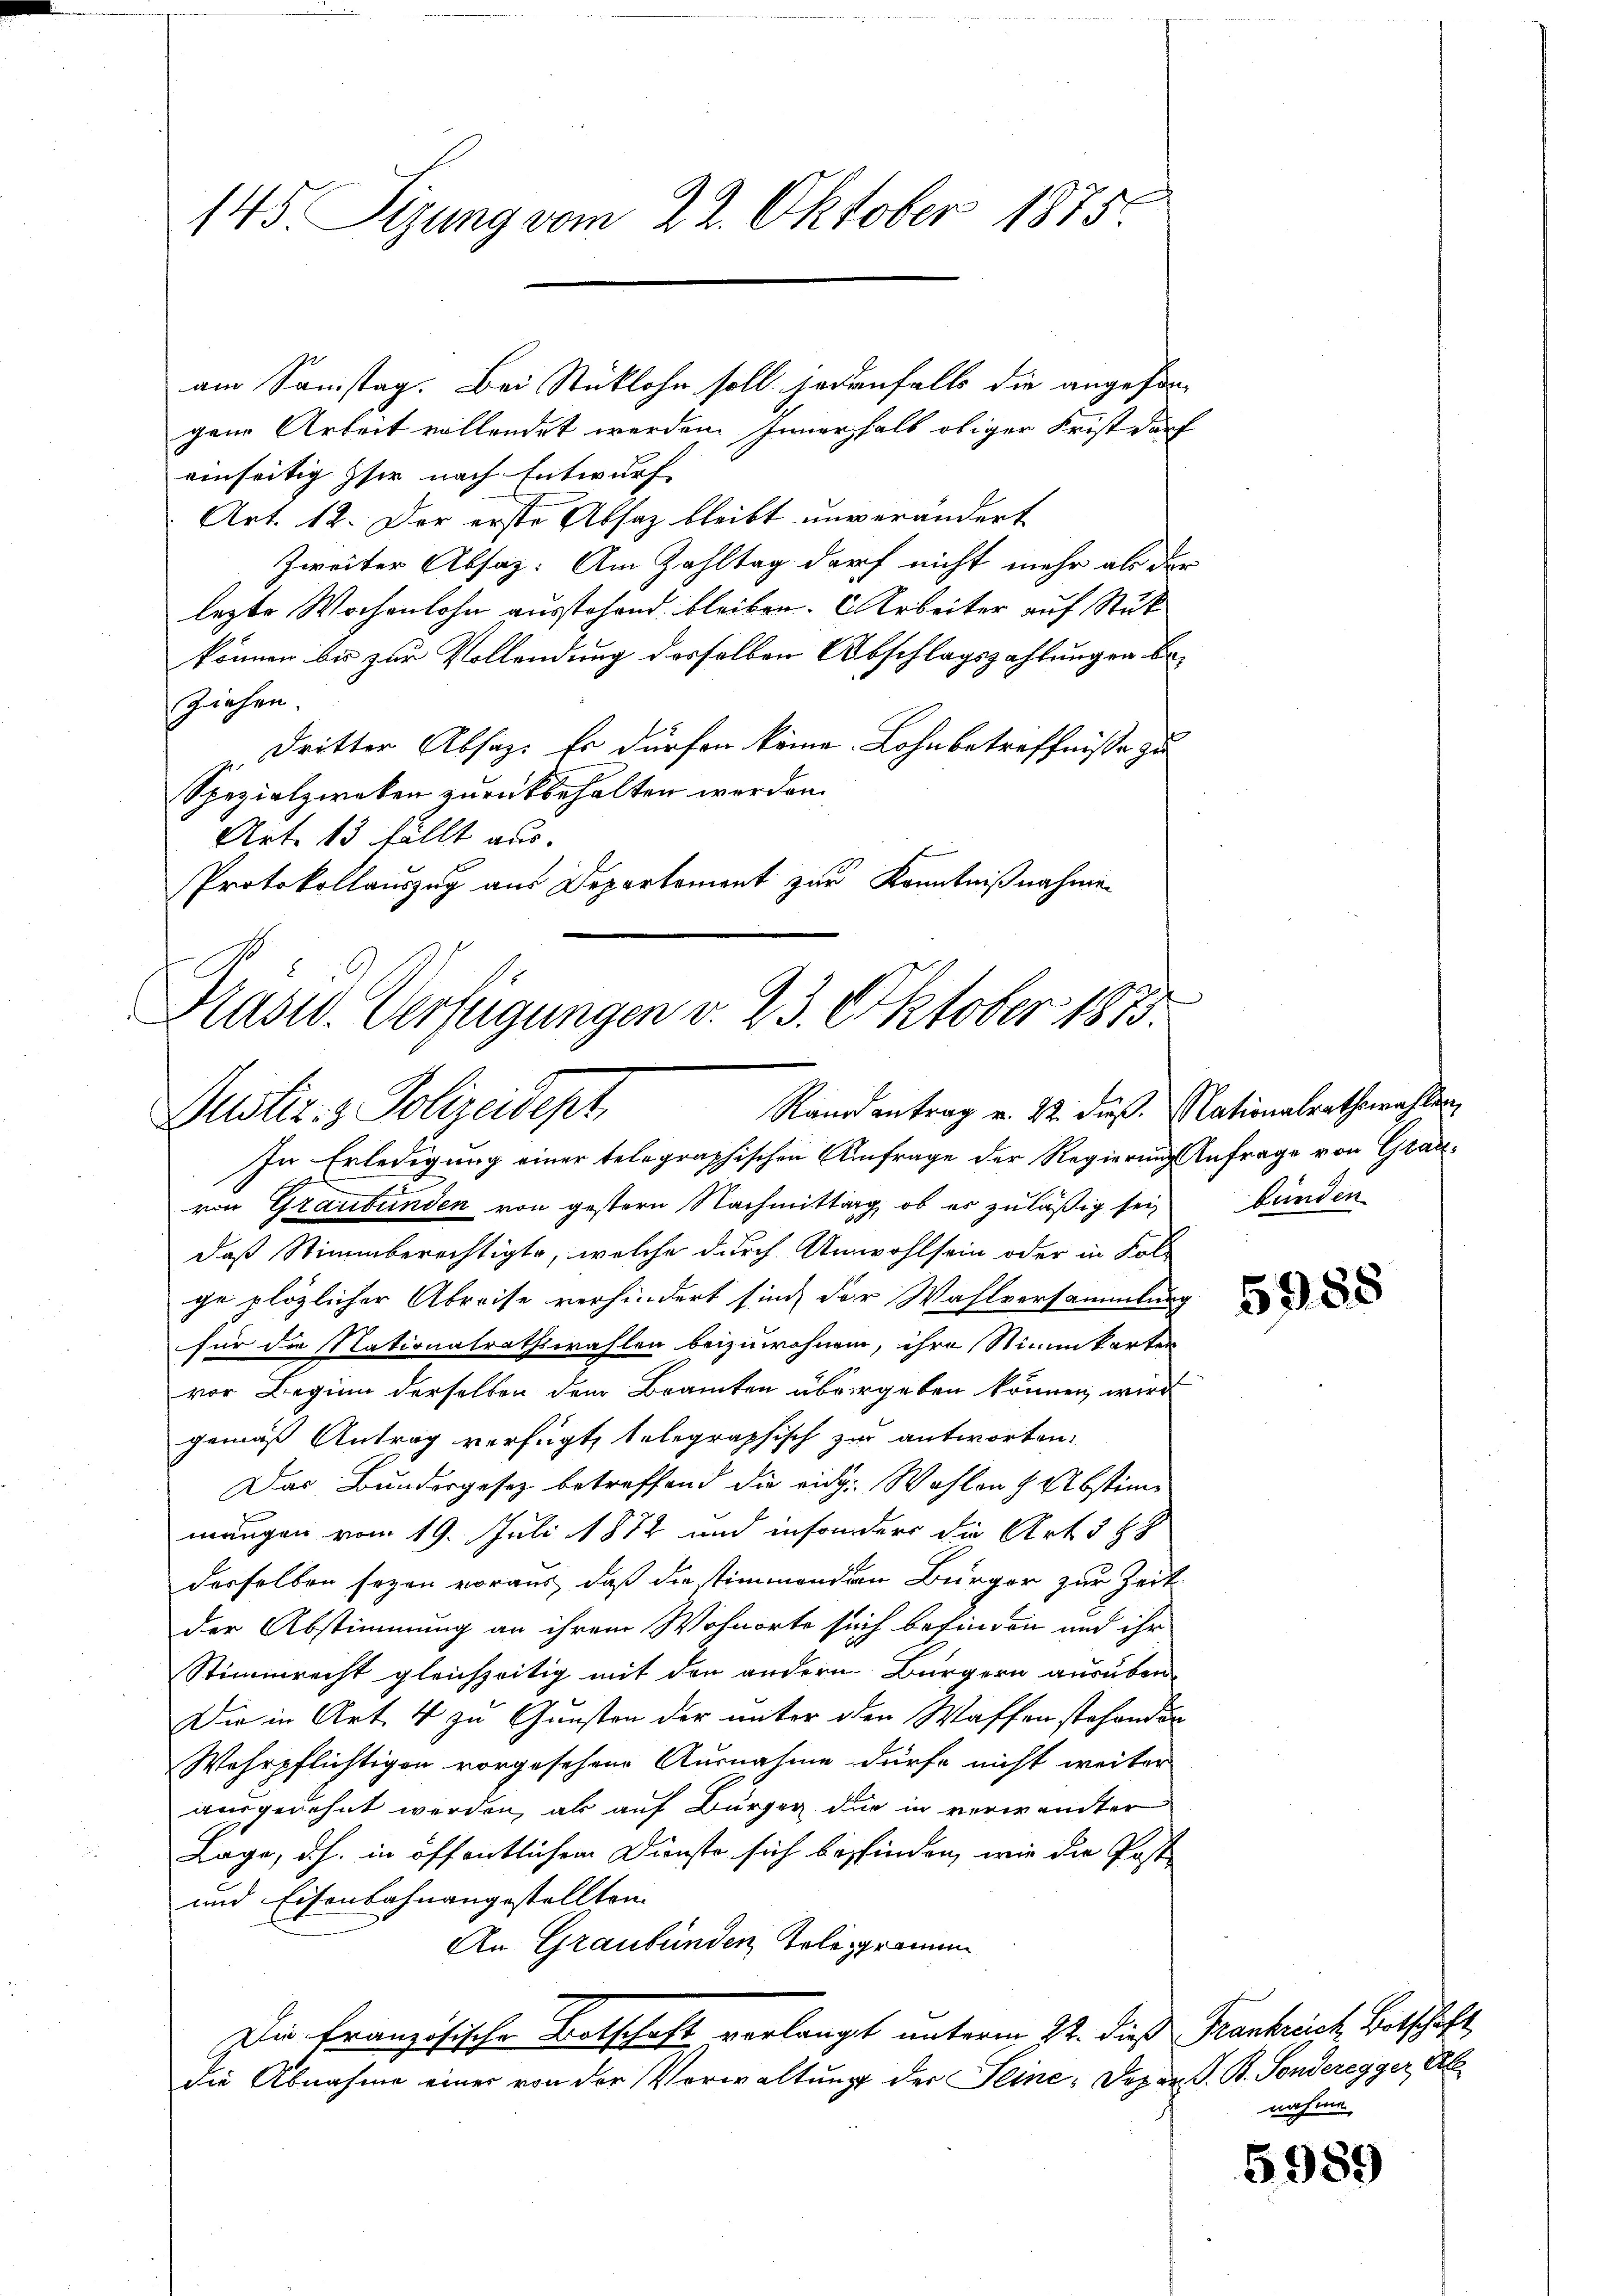
145 Sizung vom 22. Oktober 1875.

gene Arbeit vollendet werden. Innerhalb obiger Frist darf
einseitig sie nach Entwurf
Art. 12. Der erste Absatz bleibt unverändert
Zweiter Absaz: Am Zahltag darf nicht mehr als der
lezte Wochenlohn ausstehend bleiben. Arbeiter auf Stük
können bis zur Vollendung desselben Abschlagszahlungen be¬
Ziehen,
Dritter Absatz. Er dürfen könne. Lohnbetreffnisse zu
Spezialzweken zurückbehalten werden.
Art. 13 fällt aus.
Protokollauszug aus Departement zur Kenntnißnahmen

am Samstag. Bei Stüklohn soll jedenfalls die angefin-

Präsid. Verfügungen v. 23. Oktober 1873.
Justiz- & Polizeidept. Randantrag v. 12. daß. Nationalrathemahlen,

In Erledigung einer telegraphischen Umfrage der Regierung Anfrage von Grauvon Graubünden von gestern Nachmittag, ob es zuläßig sei
daß Stimmberechtigte, welche durch Unwohlsein oder in Kol-
ge plözlicher Abreise verhindert sind, der Wahlversammlung
für die Nationalrathswahlen beizuwohnen, ihre Stimmkarten
vor Beginn derselben dem Bramten übergeben können, wird
gemäß Antrag verfügt, telegraphisch zur antworten:
Das Bundergesez betreffend die eidg. Wahlen & Abstimmangen vom 19. Juli 1872 und insonders die Art 3 St
derselben seyen voraus, daß die stimmenden Bürger zur Zeit
der Abstimmung an ihrem Wohnorte sich befinden und ihr
Stimmrecht gleichzeitig mit den andern Bürgern ausüben
Die in Art. 4 zu Gunsten der unter den Waffen stehenden
Wehrpflichtigen vorgesehene Ausnahme dürfe nicht weiter
ausgedehnt werden, als auf Burger die in verwandter
Lage, d.h. in öffentlichem Dienste sich besfinden, wie die Post
und Eisenbahnangestellten.
An Graubünden Telegramm
Die Französische Botschaft verlangt unterm 22. dieß Frankreich Botschaft
die Abnahme einer von der Verwaltung der Seine: Der an S. B. Sonderegger Ab

bunden.

5988

nahme

5989